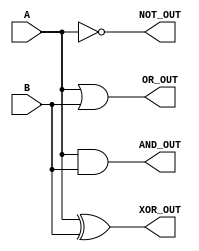
module covered_cell (
    input wire [3:0] A,            // 4-bit input
    input wire [3:0] B,            // 4-bit input
    output wire [3:0] AND_OUT,     // AND output
    output wire [3:0] OR_OUT,      // OR output
    output wire [3:0] NOT_OUT,     // NOT output (inverted A)
    output wire [3:0] XOR_OUT       // XOR output
);

    // Logical operations
    assign AND_OUT = A & B;        // AND operation
    assign OR_OUT = A | B;         // OR operation
    assign NOT_OUT = ~A;           // NOT operation (inversion of A)
    assign XOR_OUT = A ^ B;        // XOR operation

endmodule